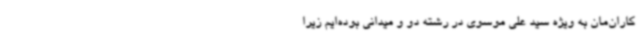
کاران‌مان به ویژه سید علی موسوی در رشته دو و میدانی بوده‌ایم زیرا